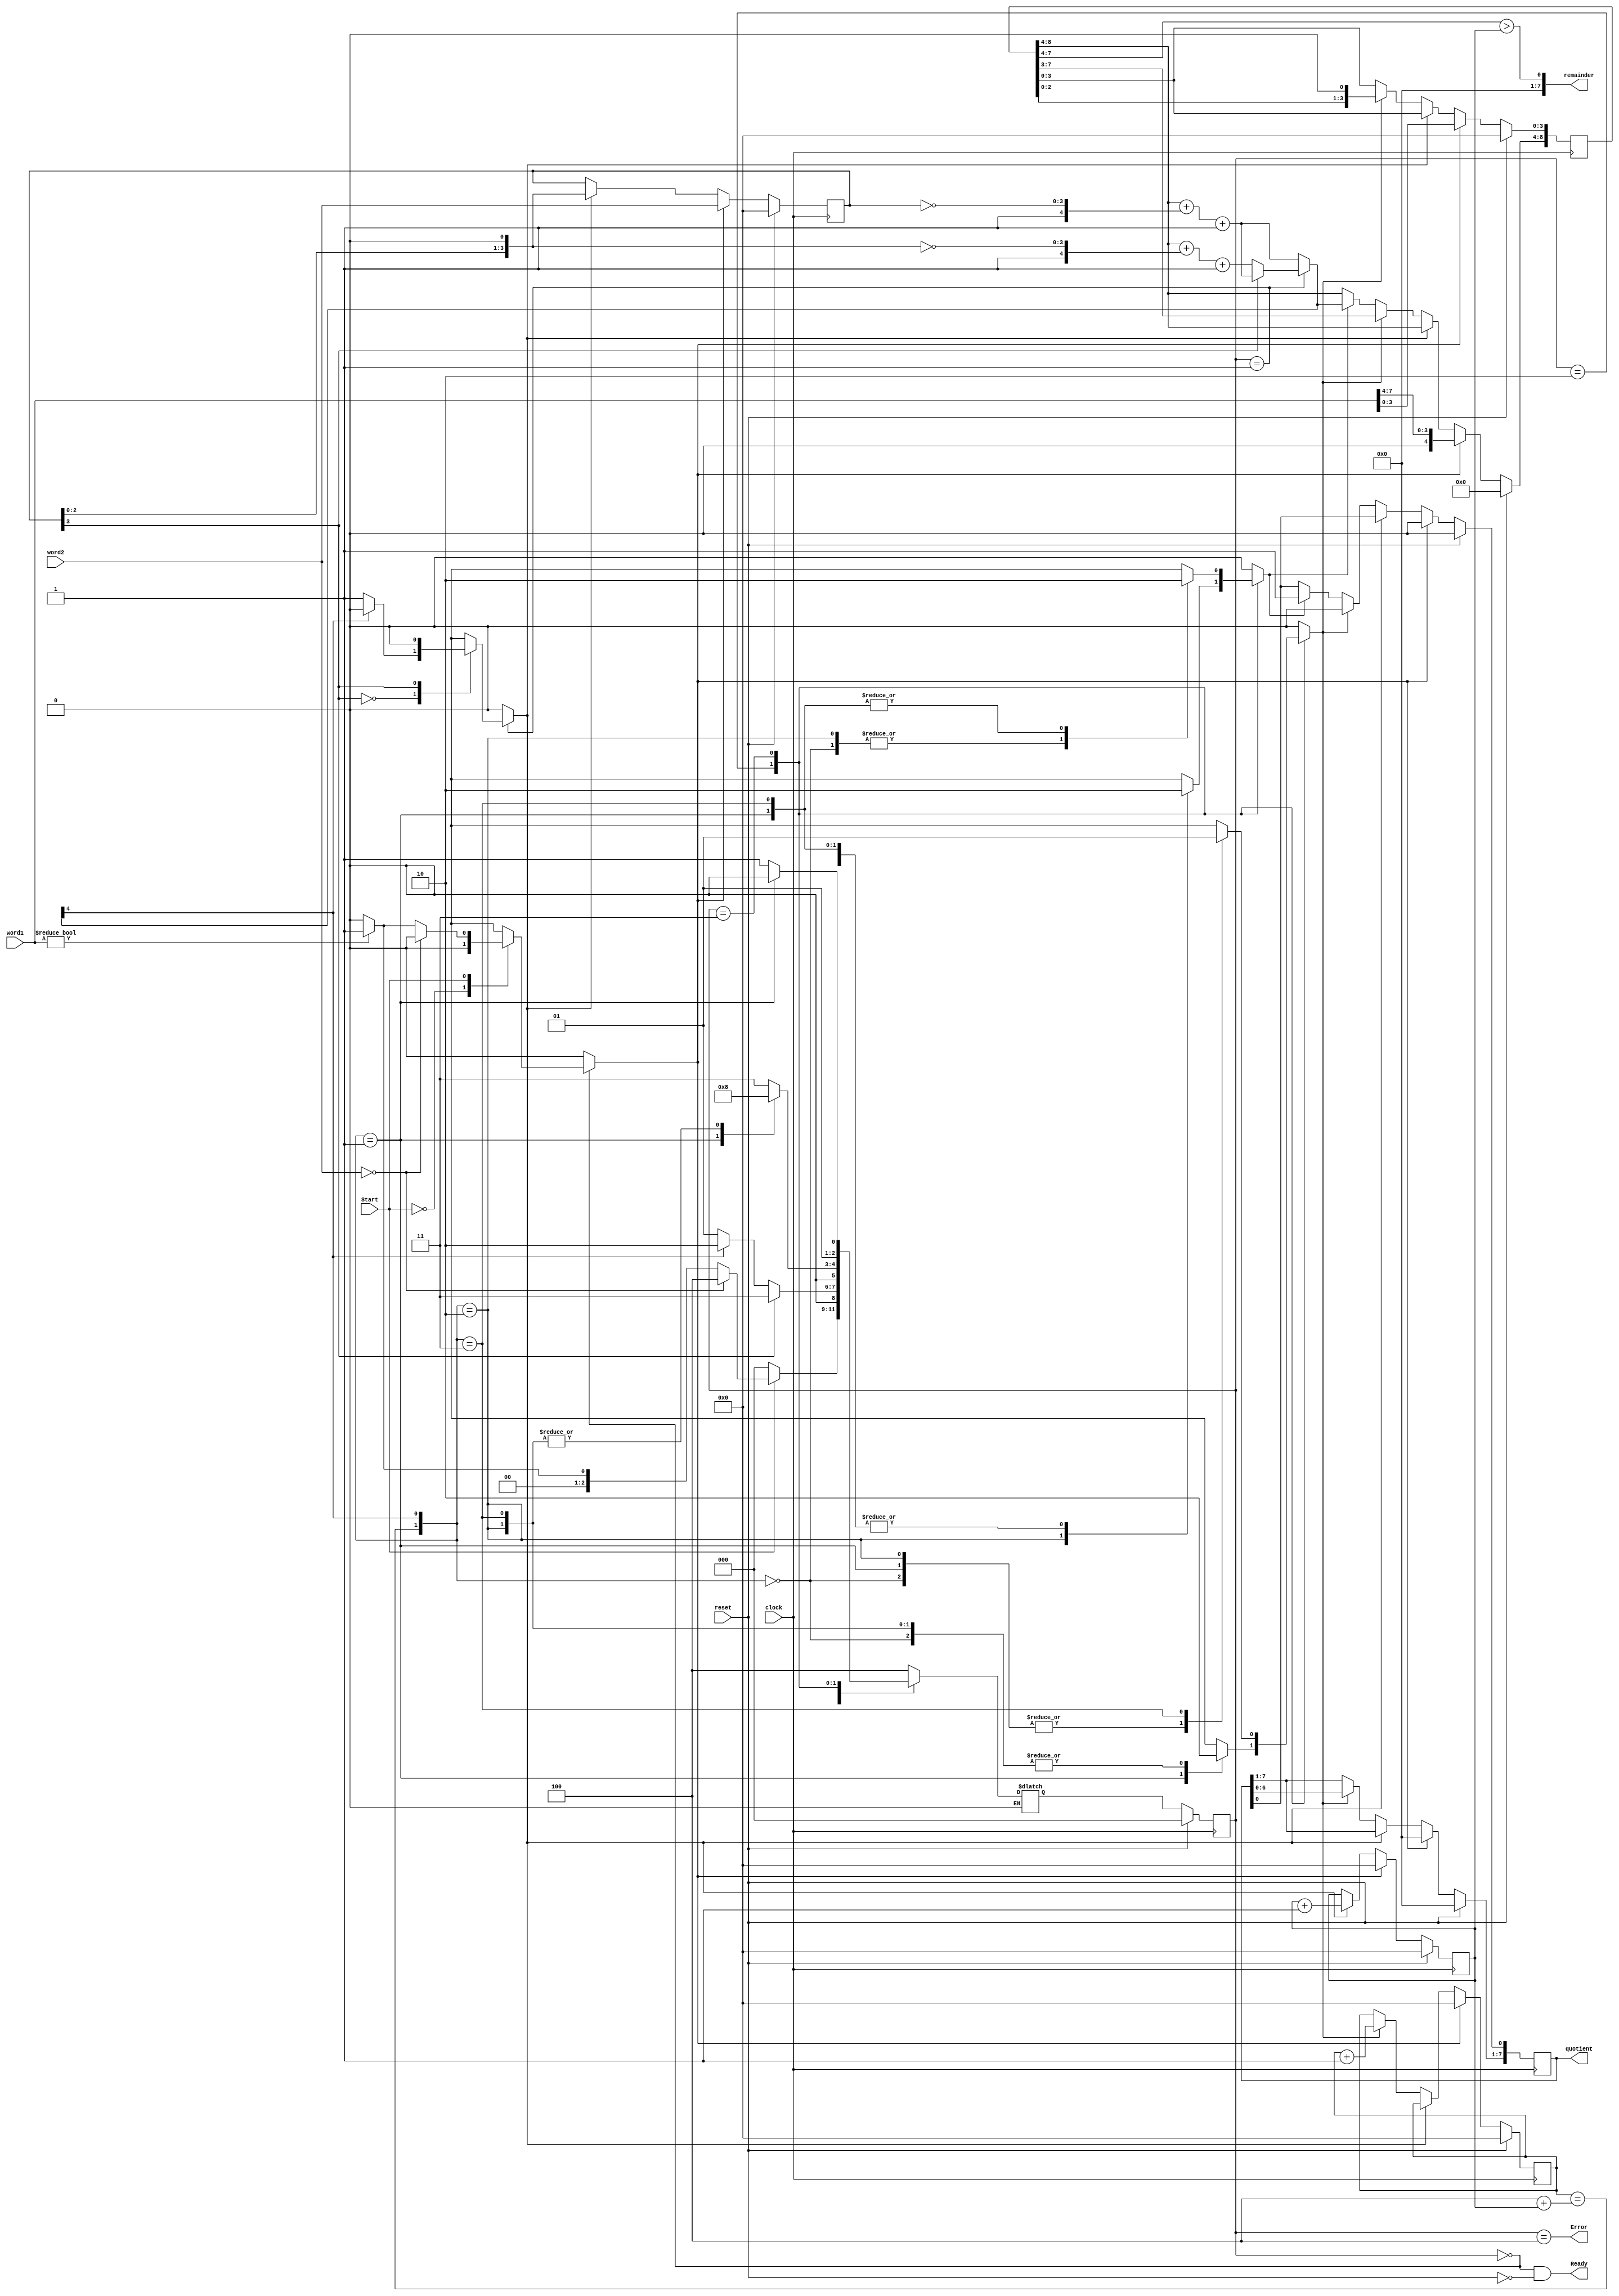
module divider(clock,reset,word1,word2,Start,quotient,remainder,Ready,Error);

	parameter L_divn = 8;
	parameter L_divr = 4;
	parameter S_idle = 0, S_Adivr = 1, S_Adivn = 2, S_div = 3, S_Err =4;
	parameter L_state = 3, L_cnt = 4, Max_cnt = L_divn - L_divr;
	
	input [L_divn-1 : 0] word1; //ͨ
	input [L_divr-1 : 0] word2; //ͨ
	input Start, clock, reset;
	output [L_divn-1 : 0] quotient; //
	output [L_divn-1 : 0] remainder; //
	output Ready, Error;

	reg [L_state-1 : 0] state, next_state;
	reg Load_words, Subtract, Shift_dividend, Shift_divisor;
	reg quotient;
	reg [L_divn : 0] dividend;  //չı
	reg [L_divr-1 : 0] divisor;
	reg [L_cnt-1 : 0] num_shift_dividend, num_shift_divisor;
	reg [L_divr : 0] comparison;
	wire MSB_divr = divisor[L_divr-1];
	wire Ready = ((state == S_idle) && !reset);
	wire Error = (state == S_Err);
	wire Max = (num_shift_dividend== Max_cnt + num_shift_divisor);
	wire sign_bit = comparison[L_divr];

	always@(state or dividend or divisor or MSB_divr) begin //ӱмȥ
			case(state)
				S_Adivr: if(MSB_divr == 0) 
							comparison = dividend[L_divn : L_divn - L_divr] + 
											{1'b1, ~(divisor << 1)} + 1'b1;
							else 
							comparison = dividend[L_divn : L_divn - L_divr] + 
											{1'b1, ~divisor[L_divr-1 : 0]} + 1'b1;
				default: comparison = dividend[L_divn : L_divn - L_divr] + 
											{1'b1, ~divisor[L_divr-1 : 0]} + 1'b1;
			endcase
	end

	//λӦλ
	assign remainder = (dividend[L_divn-1 : L_divn-L_divr]) > num_shift_divisor;
	
	always@(posedge clock) begin
	   if(reset) 
		   state <= S_idle;
	   else
		   state <= next_state;
   end

	//̬߼
	always@(state or word1 or word2 or state or comparison or sign_bit or Max) begin
			Load_words = 0; 
			Shift_dividend = 0; 
			Shift_divisor = 0; 
			Subtract = 0;
			case(state) 
				 S_idle: case(Start)
					  0: next_state = S_idle;
					  1: if(word2 == 0) 
								 next_state = S_Err;
						  else if(word1) begin
								 next_state = S_Adivr; 
								 Load_words = 1;
						  end
						  else 
						       next_state = S_idle;
					endcase
				 S_Adivr: case(MSB_divr)
					  0: if(sign_bit == 0) begin
								 next_state = S_Adivr; 
								 Shift_divisor = 1;  //ƶ
						  end
						  else if(sign_bit == 1) begin
								 next_state = S_Adivn;   //ƶ
						  end
					  1: next_state = S_div;
					endcase
				S_Adivn: case({Max, sign_bit})
					  2'b00: next_state = S_div;
					  2'b01: begin
								 next_state = S_Adivn; 
								 Shift_dividend = 1;
						  end
					  2'b10: begin
								 next_state = S_idle; 
								 Subtract = 1;
						  end
					  2'b11: next_state = S_idle;
					endcase
				S_div: case({Max, sign_bit})
					  2'b00: begin
								 next_state = S_div; 
								 Subtract = 1;
								end
					  2'b01: next_state = S_Adivn;
					  2'b10: begin
								 next_state = S_div; 
								 Subtract = 1;
								end
					  2'b11: begin
								 next_state = S_div; 
								 Shift_dividend = 1;
							 end
					endcase
		     default: next_state = S_Err;
		 endcase
end

always@(posedge clock)begin  //Ĵ,ͨ
   if(reset)begin
      divisor <= 0; 
		dividend <= 0; 
		quotient <= 0; 
		num_shift_dividend <= 0; 
		num_shift_divisor <= 0;
   end
   else if(Load_words == 1) begin
      dividend <= word1;
      divisor <= word2;
      quotient <= 0;
      num_shift_dividend <= 0;
      num_shift_divisor <= 0;
   end
   else if(Shift_divisor) begin
      divisor <= divisor << 1;
      num_shift_divisor <= num_shift_divisor + 1;
   end
   else if(Shift_dividend) begin
      dividend <= dividend << 1;
      quotient <= quotient << 1;
      num_shift_dividend <= num_shift_dividend + 1;
   end
   else if(Subtract) begin
      dividend[L_divn : L_divn-L_divr] <= comparison;
      quotient[0] <= 1;
   end
end
	
endmodule